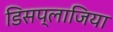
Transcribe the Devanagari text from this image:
डिसप्लाजिया